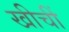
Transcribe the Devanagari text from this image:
खीचीं